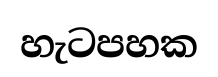
හැටපහක